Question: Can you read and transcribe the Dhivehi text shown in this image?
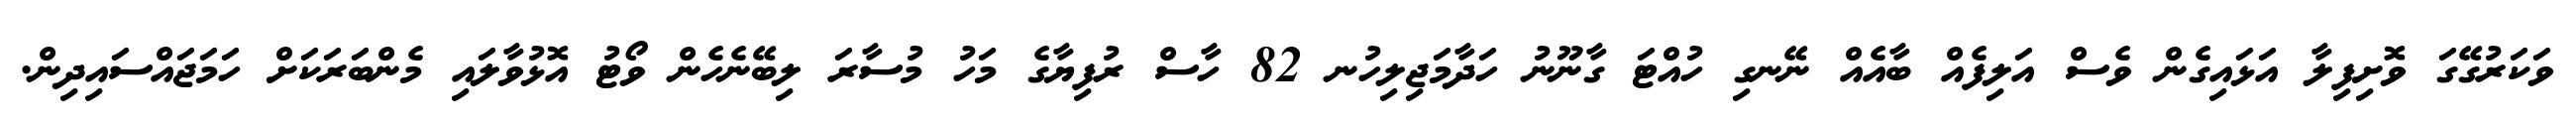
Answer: ވަކަރުގޭގަ ވޮށިފިލާ އަޅައިގެން ވެސް އަލިފެއް ބާއެއް ނޭނގި ހުއްޓަ ގާނޫނު ހަދާމަޖިލިހުނ 82 ހާސް ރުފިޔާގެ މަހު މުސާރަ ލިބޭނެހެން ވޯޓު އޮޅުވާލައި މެންބަރަކަށް ހަމަޖައްސައިދިން.